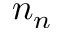
n _ { n }